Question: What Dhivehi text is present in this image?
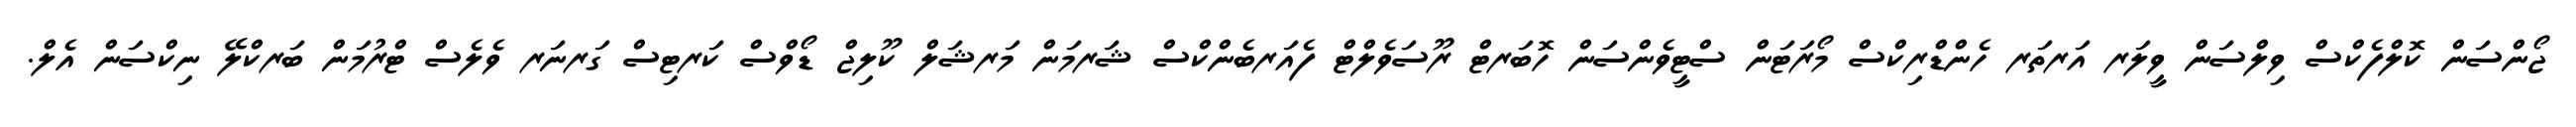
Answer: ޖޯންސަން ކޮލްފެކްސް ވިލްސަން ވީލަރ އަރތަރ ހެންޑްރިކްސް މޯރަޓަން ސްޓީވެންސަން ހޮބަރޓް ރޫސަވެލްޓް ފެއަރބެންކްސް ޝަރމަން މަރޝަލް ކޫލިޖް ޑޯވްސް ކަރޓިސް ގަރނަރ ވެލެސް ޓްރުމަން ބަރކްލޭ ނިކްސަން އެލް.